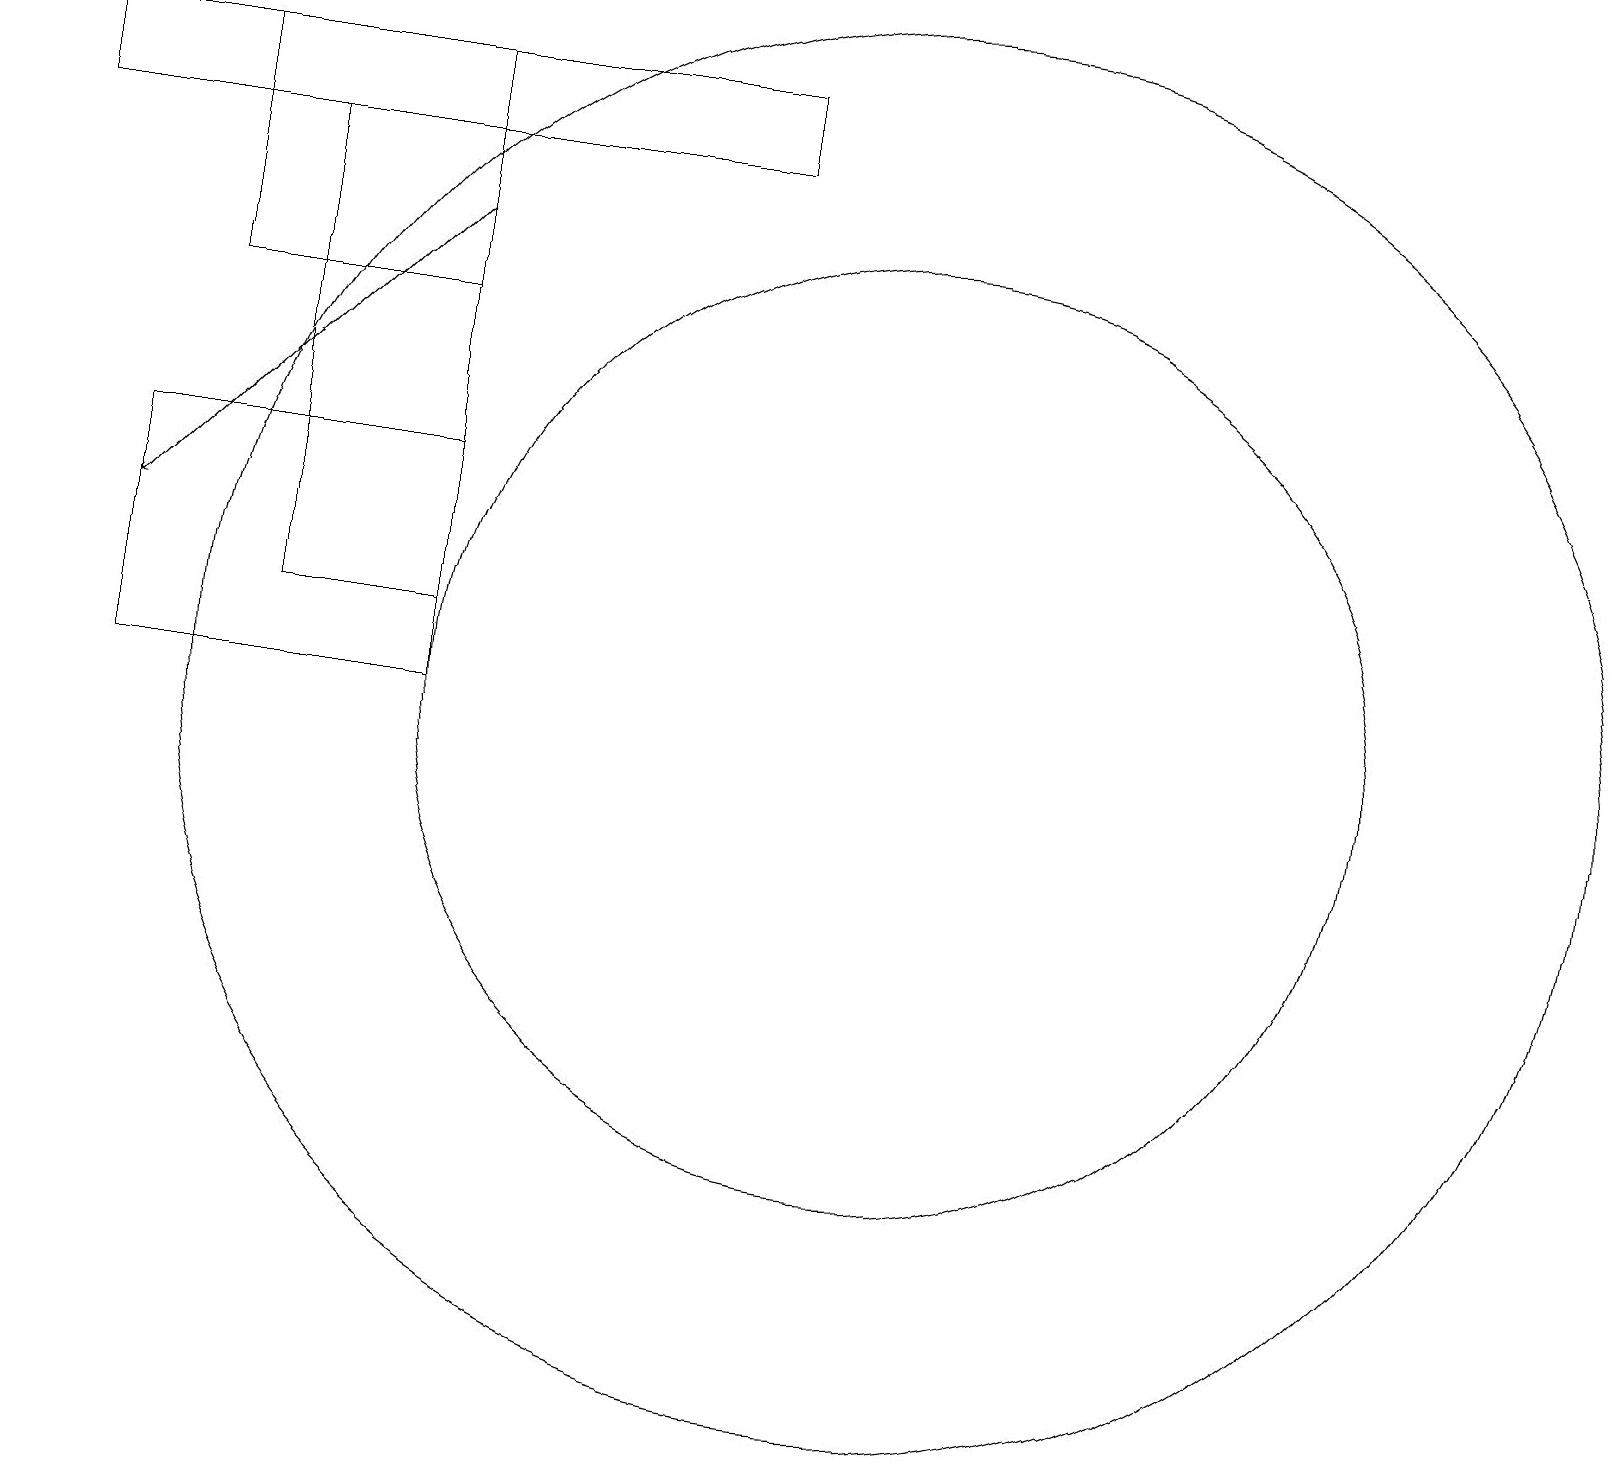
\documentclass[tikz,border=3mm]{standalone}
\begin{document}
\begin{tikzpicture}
\draw (0,17) rectangle (9,18);
\draw (1,10) rectangle (5,13);
\draw (11,10) circle (9);
\draw[->] (5,16) -- (1,12);
\draw (2,15) rectangle (5,18);
\draw (11,10) circle (6);
\draw (3,11) rectangle (5,17);
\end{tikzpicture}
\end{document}